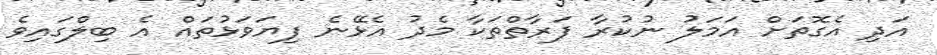
އަދި އެގޮތަށް އަމަލު ނުކުރާ ފަރާތްތަކާ މެދު އެޅޭނެ ފިޔަވަޅުތައް އެ ބިލްގައިވެ